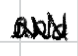
Text: and
Cross-out: zig-zag
Writing tool: digital_black